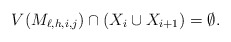
\begin{align*}V(M_{\ell,h,i,j})\cap (X_i\cup X_{i+1})=\emptyset.\end{align*}